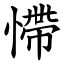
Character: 㦅